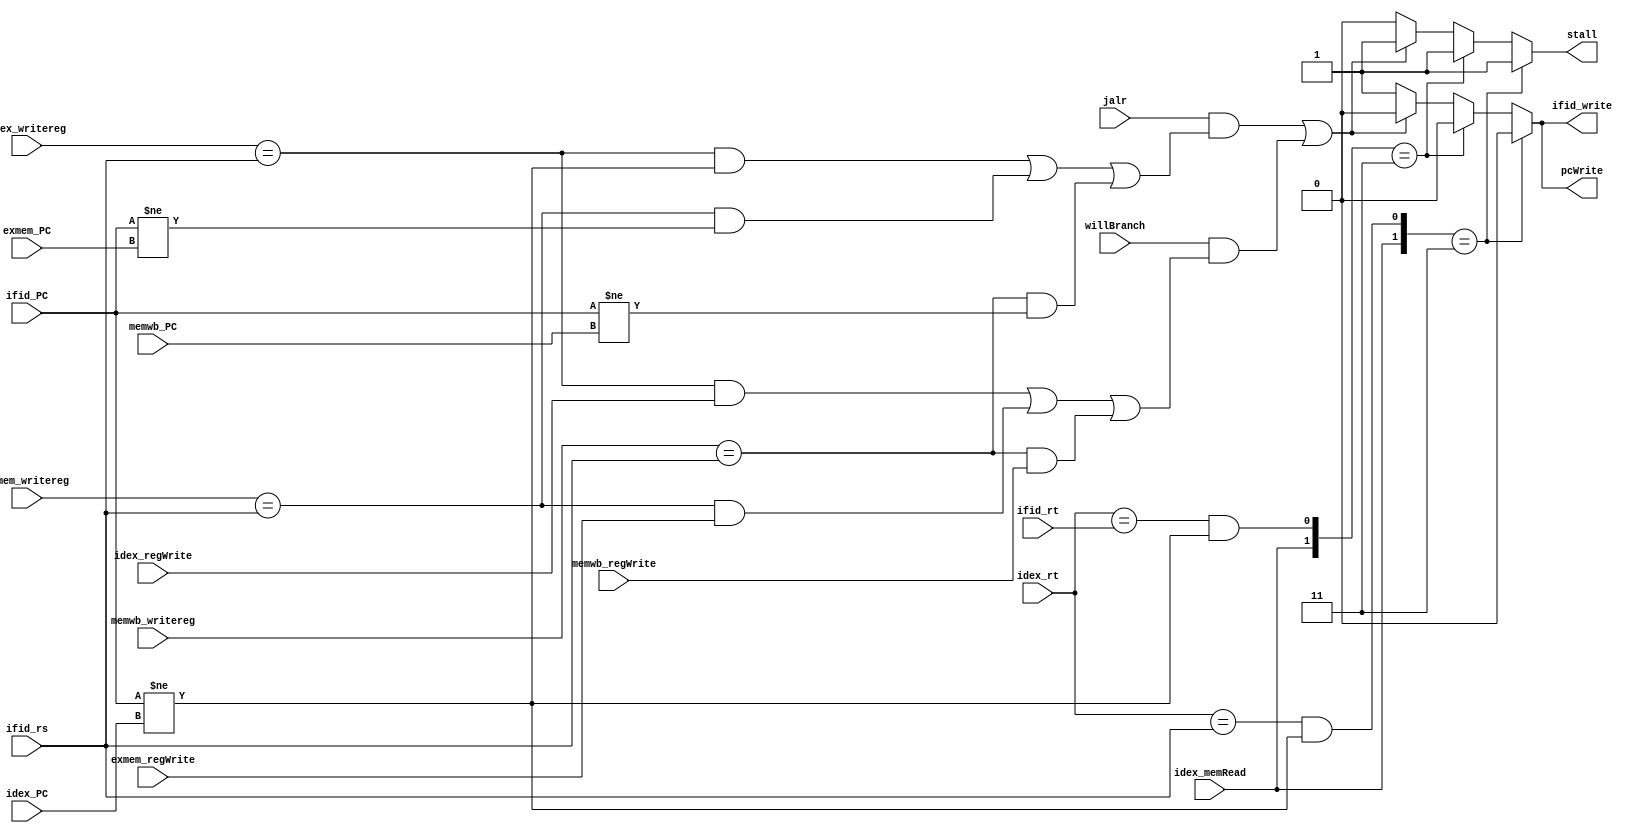
module hazard(idex_memRead, idex_rt, ifid_rs, ifid_rt, ifid_write, pcWrite, stall, idex_writereg, exmem_writereg, memwb_writereg, jalr, willBranch, ifid_PC, idex_PC, exmem_PC, memwb_PC, idex_regWrite, exmem_regWrite, memwb_regWrite);
	input idex_memRead, jalr, willBranch, idex_regWrite, exmem_regWrite, memwb_regWrite;
	input [2:0] idex_rt, ifid_rs, ifid_rt, idex_writereg, exmem_writereg, memwb_writereg;
	input [15:0] ifid_PC, idex_PC, exmem_PC, memwb_PC;
	output reg ifid_write, pcWrite, stall;

	wire idex_eqrs, idex_eqrt;
 	wire jumpBranchStall, jalrDep, brDep;	
	assign idex_eqrs = idex_rt == ifid_rs & (ifid_PC != idex_PC);
	assign idex_eqrt = idex_rt == ifid_rt & (ifid_PC != idex_PC);
	assign jalrDep = jalr & (((idex_writereg == ifid_rs) & (ifid_PC != idex_PC)) | (exmem_writereg == ifid_rs & (ifid_PC != exmem_PC)) | (memwb_writereg == ifid_rs & (ifid_PC != memwb_PC)));
	assign brDep = willBranch & (((idex_writereg == ifid_rs) && idex_regWrite) | ((exmem_writereg == ifid_rs) && exmem_regWrite) | ((memwb_writereg == ifid_rs) & memwb_regWrite));
 	assign jumpBranchStall = jalrDep | brDep;
	always @(*) begin
		casex({idex_memRead, idex_eqrs, idex_eqrt, jumpBranchStall})
		4'b1_1_x_x: begin
			ifid_write = 1'b0;
			pcWrite = 1'b0;
			stall = 1'b1;
		end
		4'b1_x_1_x: begin
			ifid_write = 1'b0;
			pcWrite = 1'b0;
			stall = 1'b1;
		end
		4'bx_x_x_1: begin
			ifid_write = 1'b0;
			pcWrite = 1'b0;
			stall = 1'b1;
		end
		default: begin
			ifid_write = 1'b1;
			pcWrite = 1'b1;
			stall = 1'b0;
		end
		endcase
	end
endmodule